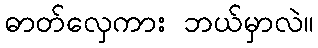
ဓာတ်လှေကား ဘယ်မှာလဲ။